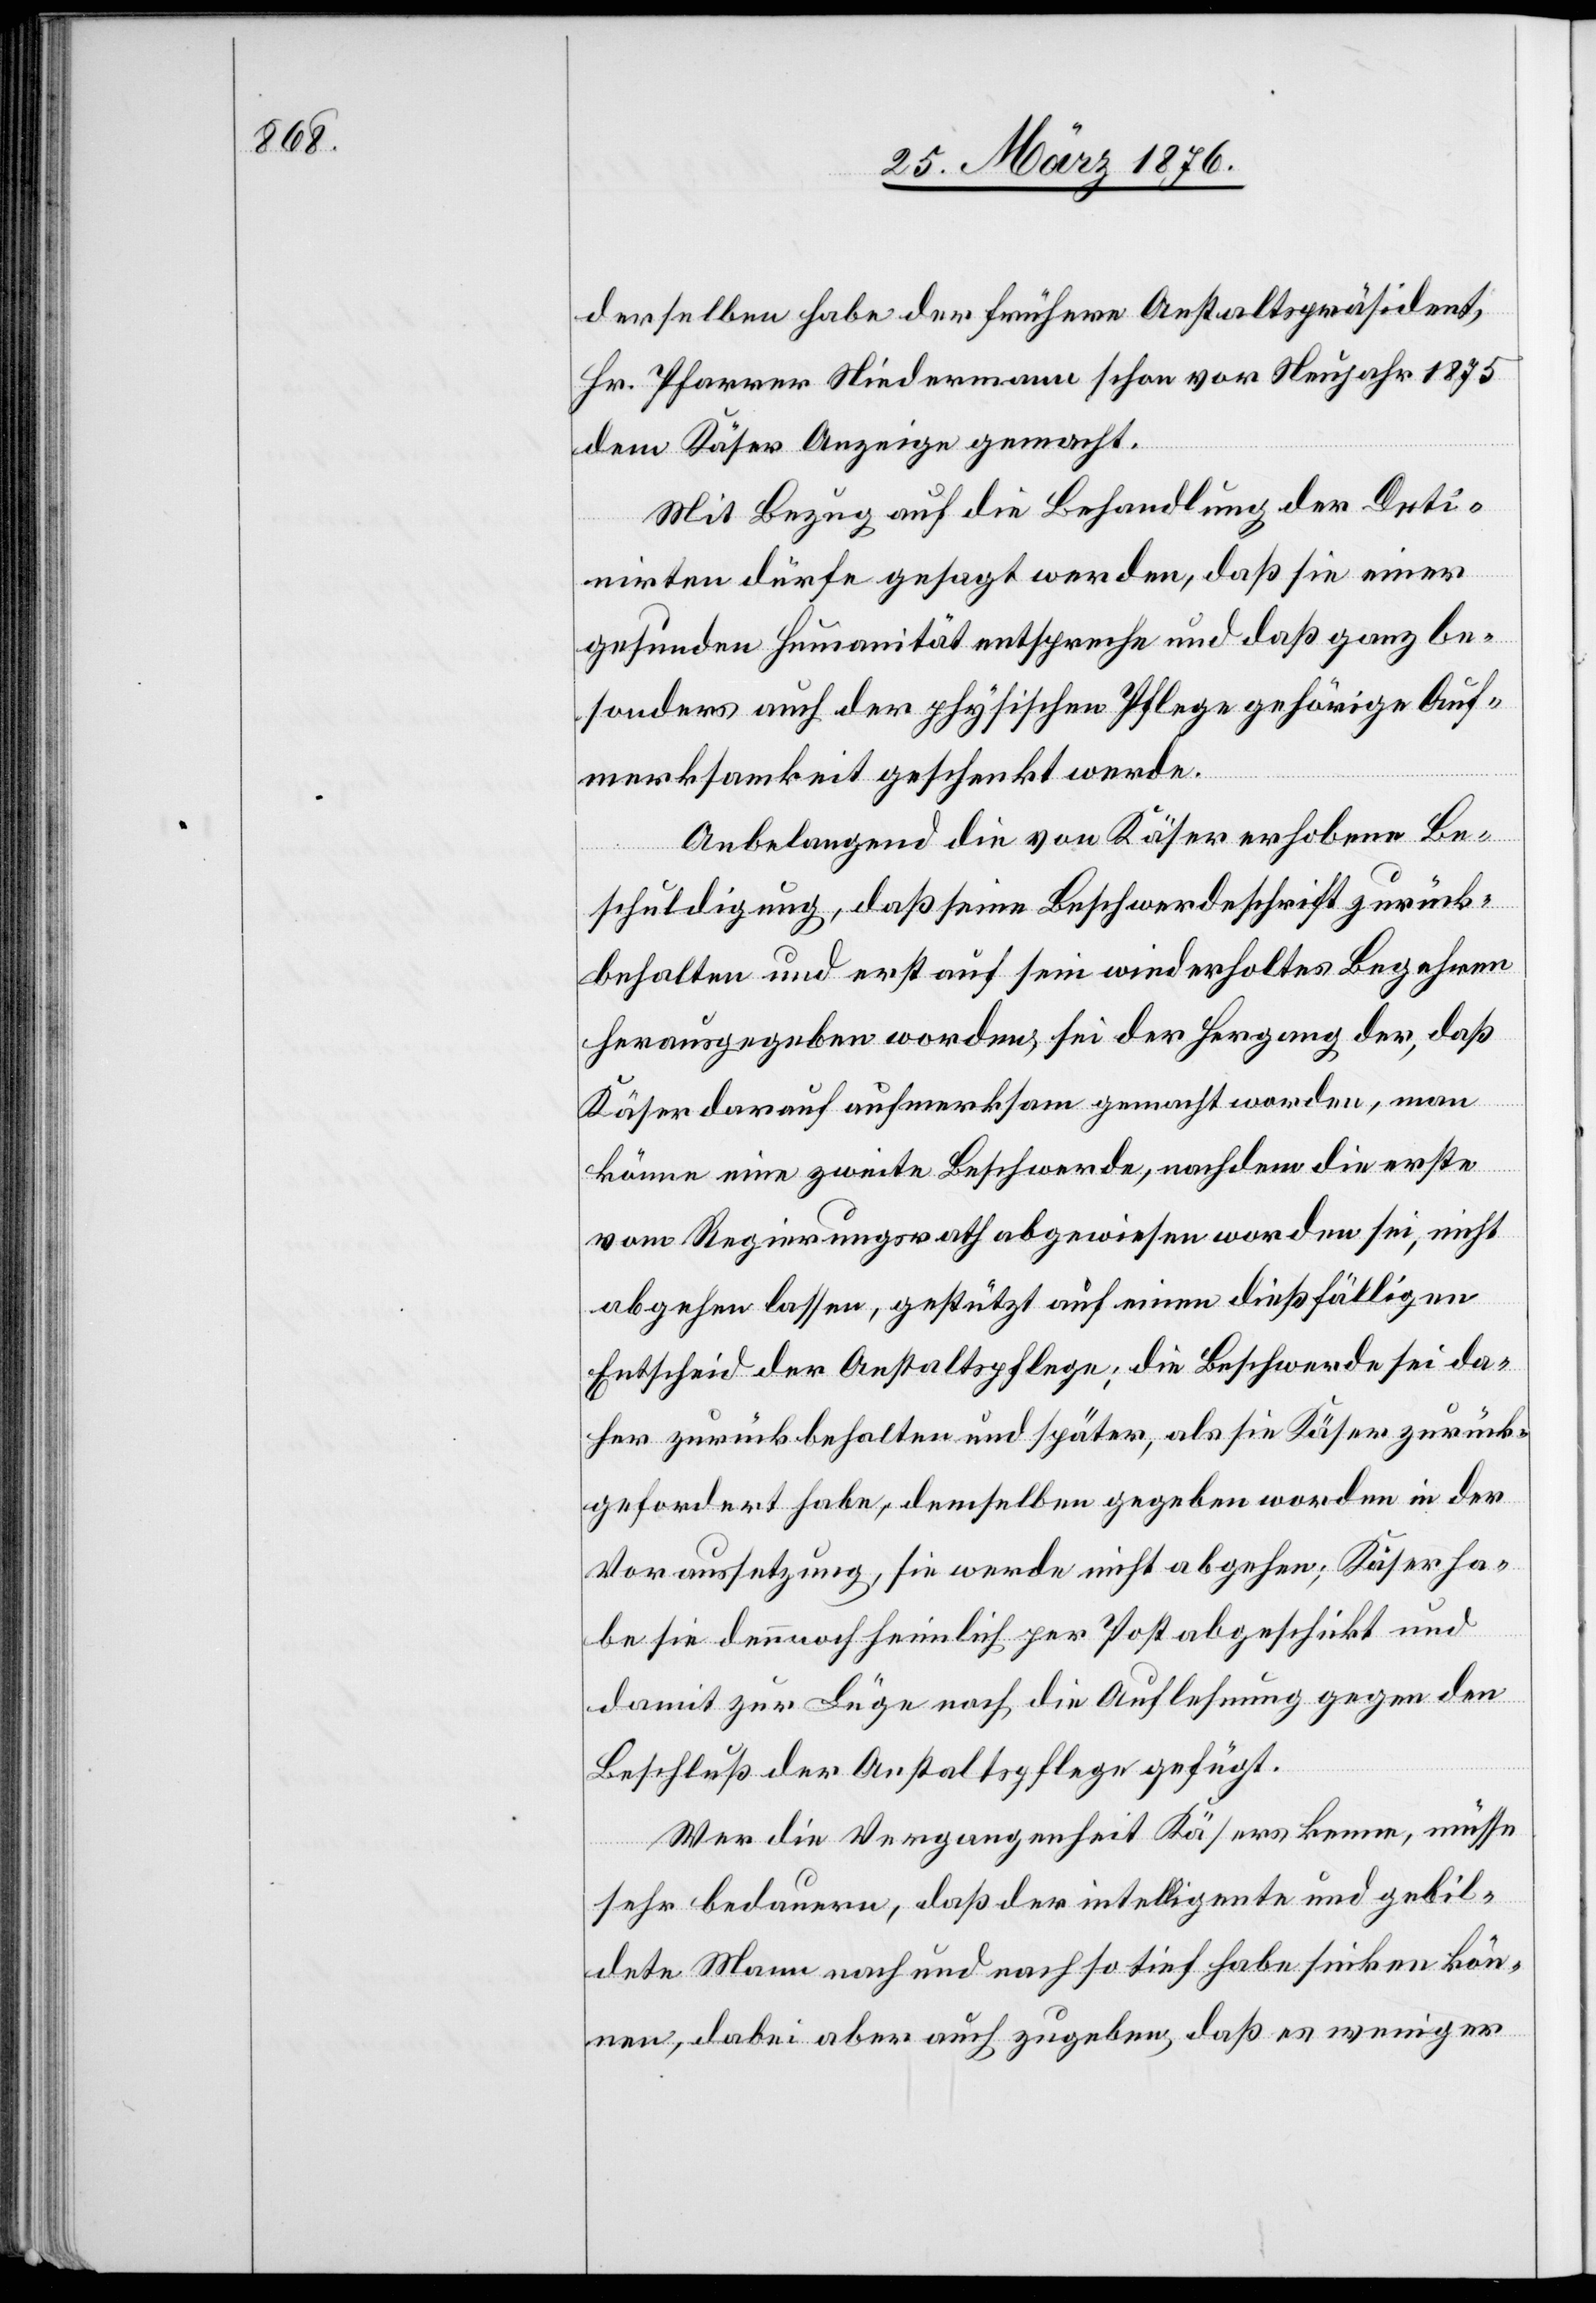
derselben habe der frühere Anstaltspräsident,
Hr. Pfarrer Niedermann schon vor Neujahr 1875
dem Käser Anzeige gemacht.
Mit Bezug auf die Behandlung der Deti¬
nirten dürfe gesagt werden, daß sie einer
gesunden Humanität entspreche und daß ganz be¬
sonders auch der physischen Pflege gehörige Auf¬
merksamkeit geschenkt werde.
Anbelangend die von Käser erhobene Be¬
schuldigung, daß seine Beschwerdeschrift zurück¬
behalten und erst auf sein wiederholtes Begehren
herausgegeben worden, sei der Hergang der, daß
Käser darauf aufmerksam gemacht worden, man
könne eine zweite Beschwerde, nachdem die erste
vom Regierungsrath abgewiesen worden sei, nicht
abgehen lassen, gestützt auf einen dießfälligen
Entscheid der Anstaltspflege; die Beschwerde sei da¬
her zurückbehalten und später, als sie Käser zurück¬
gefordert habe, demselben gegeben worden in der
Voraussetzung, sie werde nicht abgegeben; Käser ha¬
be sie dennoch heimlich per Post abgeschickt und
damit zur Lüge noch die Auflehnung gegen den
Beschluß der Anstaltspflege gefügt.
Wer die Vergangenheit Käsers kenne, müsse
sehr bedauern, daß der intelligente und gebil¬
dete Mann nach und nach so tief habe sinken kön¬
nen, dabei aber auch zugeben, daß es weniger